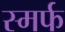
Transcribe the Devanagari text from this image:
स्मर्फ